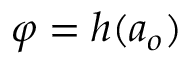
\varphi = h ( a _ { o } )